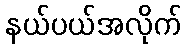
နယ်ပယ်အလိုက်